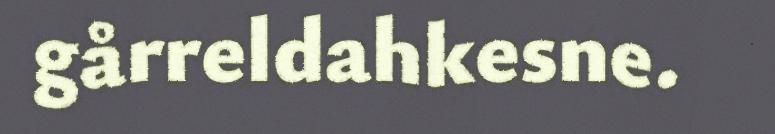
gårreldahkesne.